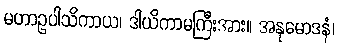
မဟာဥပါသိကာယ၊ ဒါယိကာမကြီးအား။ အနုမောဒနံ၊